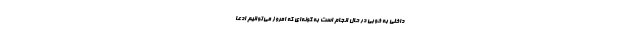
داخلی به خوبی در حال انجام است به گونه‌ای که امروز می‌توانیم ادعا